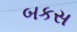
બકસ